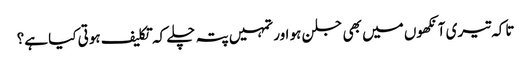
تاکہ تیری آنکھوں میں بھی جلن ہو اور تمہیں پتہ چلے کہ تکلیف ہوتی کیا ہے؟